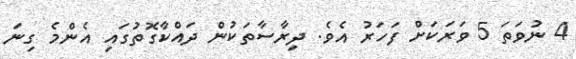
4 ނުވަތަ 5 ވަރަކަށް ފަހަރު އެވެ. ދިރާސާތަކުން ދައްކާގޮތުގައި އެންމެ ގިނަ